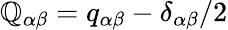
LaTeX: \mathbb{Q}_{\alpha\beta}=q_{\alpha\beta}-\delta_{\alpha\beta}/2